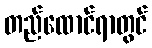
တည်ထောင်ရာတွင်